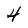
Character: 4